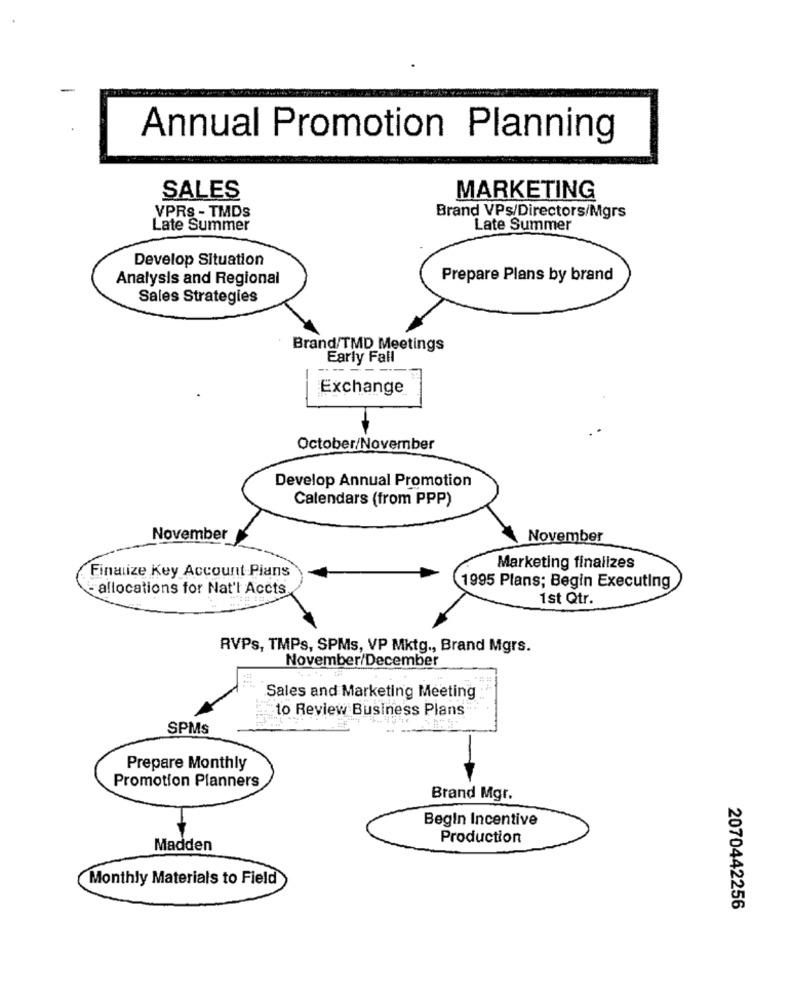
Annual Promotion Planning
SALES
MARKETING
VPRS - TMDs
Brand VPs/Directors/Mgrs
Late Summer
Late Summer
Develop Situation
Analysis and Regional
Prepare Plans by brand
Sales Strategies
Brand/TMD Meetings
Early Fall
Exchange
October/November
Develop Annual Promotion
Calendars (from PPP)
November
November
Marketing finalizes
Finalize Key Account Pians
- allocations for Nat'l Accts
1995 Plans; Begin Executing
1st Qtr.
RVPs, TMPs, SPMs, VP Mktg ., Brand Mgrs.
November/December
Sales and Marketing Meeting
to Review Business Plans .
SPMs
Prepare Monthly
Promotion Planners
Brand Mgr.
Begin Incentive
Production
Madden
Monthly Materials to Field
2070442256